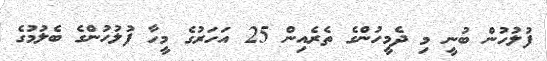
ފުލުހުން ބުނީ މި ދެމީހުންގެ ތެރެއިން 25 އަހަރުގެ މީހާ ފުލުހުންގެ ބެލުމުގެ